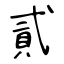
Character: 貳